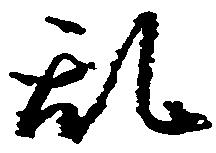
乱